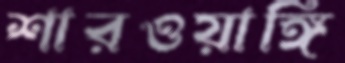
শারওয়াঙ্গি